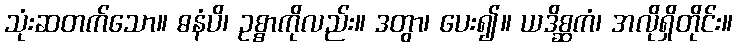
သုံးဆတက်သော။ ဓနံပိ၊ ဥစ္စာကိုလည်း။ ဒတွာ၊ ပေး၍။ ယဒိစ္ဆကံ၊ အလိုရှိတိုင်း။